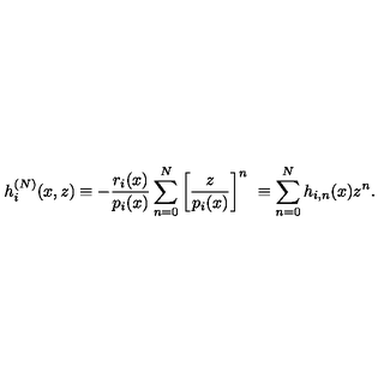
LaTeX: h _ { i } ^ { ( N ) } ( x , z ) \equiv - \frac { r _ { i } ( x ) } { p _ { i } ( x ) } \sum _ { n = 0 } ^ { N } { \left[ \frac { z } { p _ { i } ( x ) } \right] } ^ { n } \ \equiv \sum _ { n = 0 } ^ { N } h _ { i , n } ( x ) z ^ { n } .